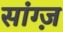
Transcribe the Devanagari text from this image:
सांग्ज़